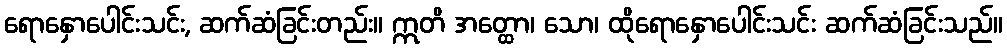
ရောနှောပေါင်းသင်း, ဆက်ဆံခြင်းတည်း။ ဣတိ အတ္ထော၊ သော၊ ထိုရောနှောပေါင်းသင်း ဆက်ဆံခြင်းသည်။